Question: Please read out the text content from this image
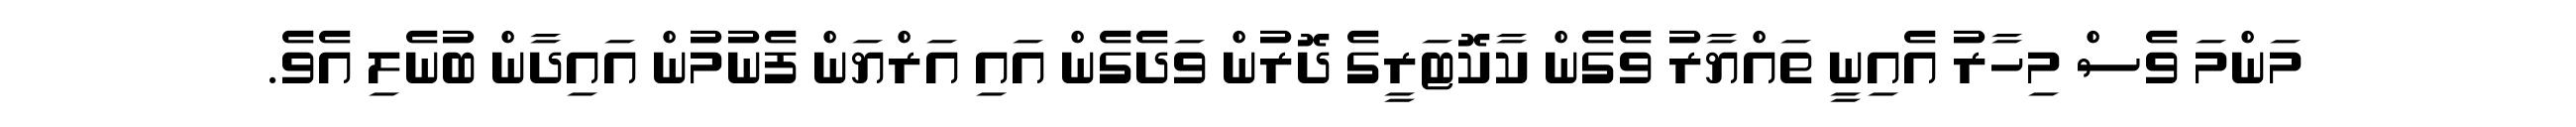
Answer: މަންމަ ވެސް މިހާރު އެއިނީ ތައްޔާރު ވެގެން ކާކޮޓަރީގެ ދޮރުން ވަދެގެން އައި އަރްޔަން ފެނުމުން އައިދާން ބުނެލި އެވެ.